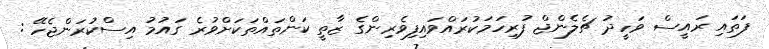
ފަތައި ރައީސް ވަހީދު ޗެލެންޖް ފުރިހަމަކުރައްވައިފިވެރިންގެ ޒާތީ ކަންތައްތަކަށްވުރެ ގައުމު އިސްކުރަންޖެހޭ :